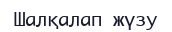
Шалқалап жүзу